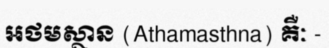
អថមស្ថាន (Athamasthna) គឺៈ -